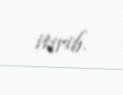
itirib.